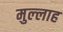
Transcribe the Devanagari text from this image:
मुल्‍लाह